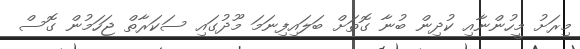
މިރަށު މީހުންނާއި ކުދިން ބުނާ ގޮތަށް ބަލައިފިނަމަ މޫދުގައި ސަކަރާތް ޖަހަމުން ގޮސް